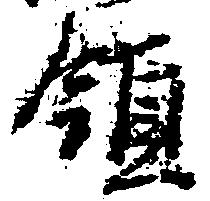
領